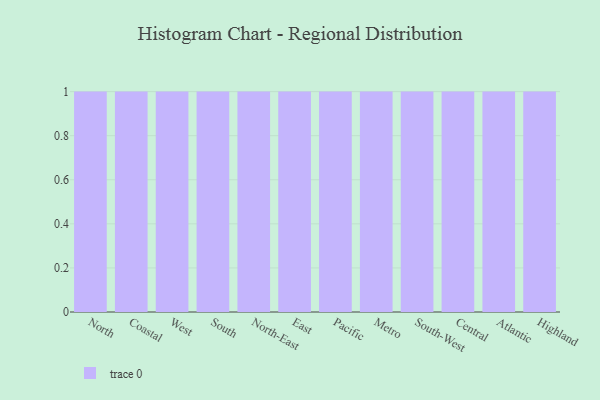
{"axis": {"x": "Region", "y": "Budget (USD K)"}, "legend": [""], "data": [{"x": "North", "y": 79, "type": ""}, {"x": "Coastal", "y": 22, "type": ""}, {"x": "West", "y": 5, "type": ""}, {"x": "South", "y": 4, "type": ""}, {"x": "North-East", "y": 24, "type": ""}, {"x": "East", "y": 100, "type": ""}, {"x": "Pacific", "y": 93, "type": ""}, {"x": "Metro", "y": 52, "type": ""}, {"x": "South-West", "y": 30, "type": ""}, {"x": "Central", "y": 59, "type": ""}, {"x": "Atlantic", "y": 50, "type": ""}, {"x": "Highland", "y": 41, "type": ""}]}